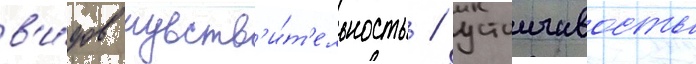
в'и́дов чувств'и́т'ельность / устоичивость